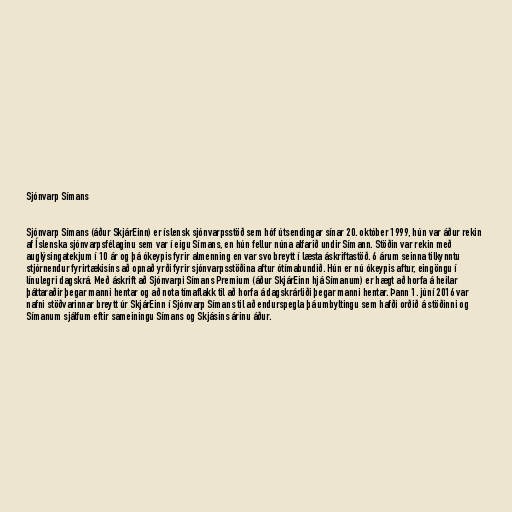
Sjónvarp Símans

Sjónvarp Símans (áður SkjárEinn) er íslensk sjónvarpsstöð sem hóf útsendingar sínar 20. október 1999, hún var áður rekin
af Íslenska sjónvarpsfélaginu sem var í eigu Símans, en hún fellur núna alfarið undir Símann. Stöðin var rekin með
auglýsingatekjum í 10 ár og þá ókeypis fyrir almenning en var svo breytt í læsta áskriftastöð. 6 árum seinna tilkynntu
stjórnendur fyrirtækisins að opnað yrði fyrir sjónvarpsstöðina aftur ótímabundið. Hún er nú ókeypis aftur, eingöngu í
línulegri dagskrá. Með áskrift að Sjónvarpi Símans Premium (áður SkjárEinn hjá Símanum) er hægt að horfa á heilar
þáttaraðir þegar manni hentar og að nota tímaflakk til að horfa á dagskrárliði þegar manni hentar. Þann 1. júní 2016 var
nafni stöðvarinnar breytt úr SkjárEinn í Sjónvarp Símans til að endurspegla þá umbyltingu sem hafði orðið á stöðinni og
Símanum sjálfum eftir sameiningu Símans og Skjásins árinu áður.